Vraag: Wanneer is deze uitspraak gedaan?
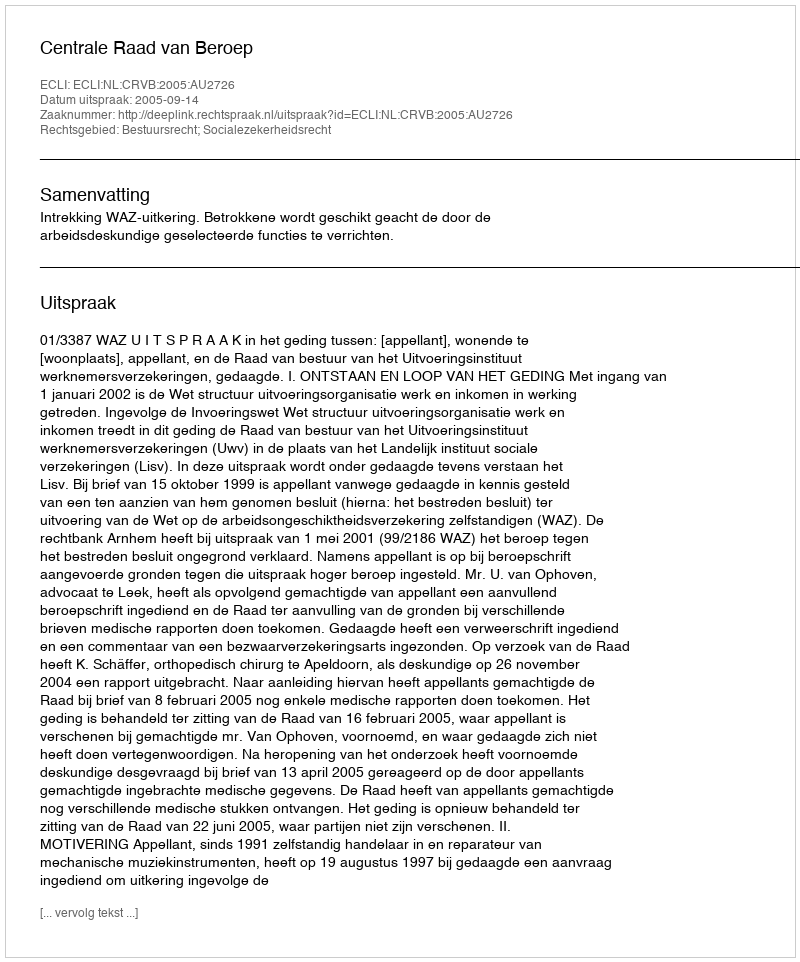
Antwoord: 2005-09-14